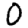
Digit: 0